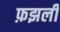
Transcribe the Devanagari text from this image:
फ़झली